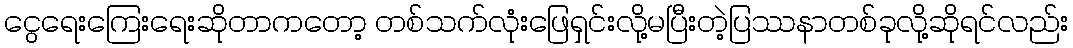
ငွေရေးကြေးရေးဆိုတာကတော့ တစ်သက်လုံးဖြေရှင်းလို့မပြီးတဲ့ပြဿနာတစ်ခုလို့ဆိုရင်လည်း